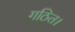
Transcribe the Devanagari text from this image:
गठित।